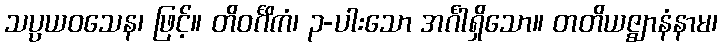
သပ္ပယဝသေန၊ ဖြင့်။ တိဝင်္ဂိကံ၊ ၃-ပါးသော အင်္ဂါရှိသော။ တတိယဇ္ဈာနံနာမ၊